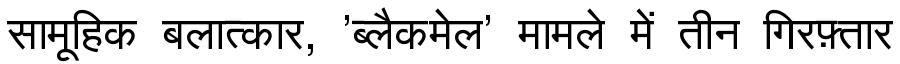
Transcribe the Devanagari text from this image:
सामूहिक बलात्कार, 'ब्लैकमेल' मामले में तीन गिरफ़्तार